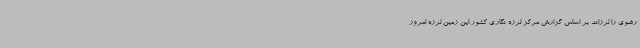
رضوی را لرزاند بر اساس گزارش مرکز لرزه نگاری کشور این زمین لرزه امروز